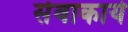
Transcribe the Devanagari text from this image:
सेवाकार्ये